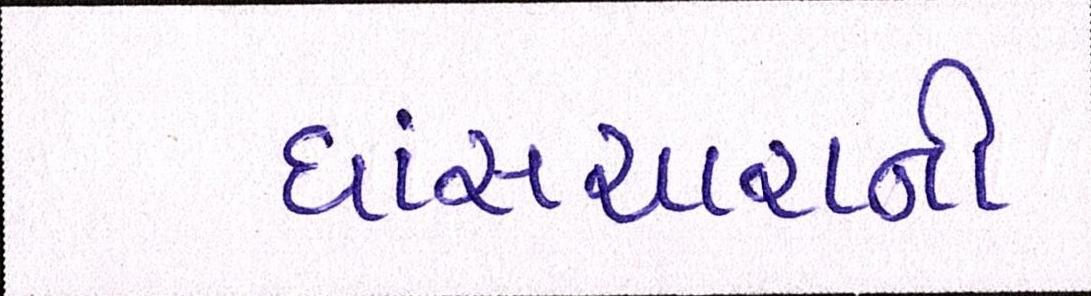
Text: ઘાંસચારાની